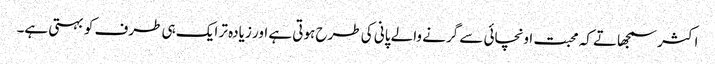
اکثر سمجھاتے کہ محبت اونچائی سے گرنے والے پانی کی طرح ہوتی ہے اور زیادہ تر ایک ہی طرف کو بہتی ہے۔